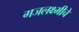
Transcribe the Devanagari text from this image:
गजलक्ष्मीचे